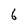
Character: 6